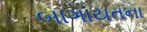
બાગાયતના